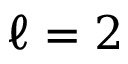
\ell = 2